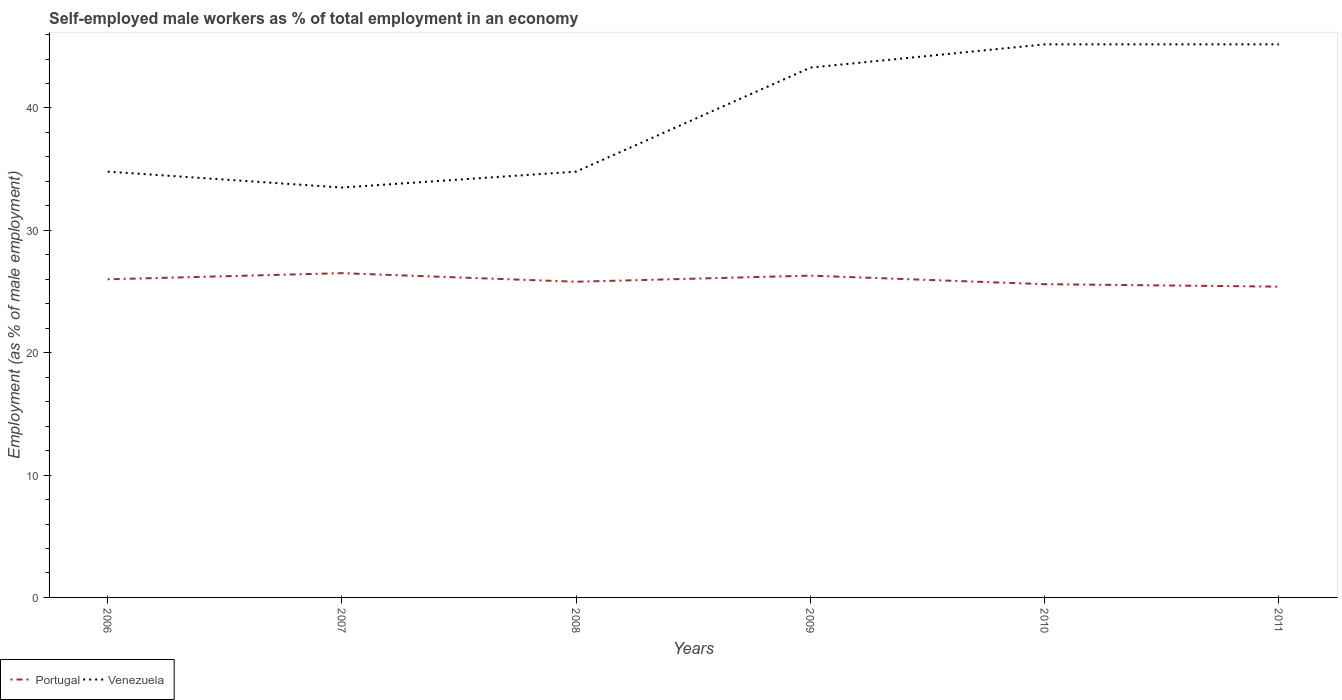
| Years | Portugal | Venezuela |
 | --- | --- | --- |
 | 2006 | 26 | 34.8 |
 | 2007 | 26.5 | 33.5 |
 | 2008 | 25.8 | 34.8 |
 | 2009 | 26.3 | 43.3 |
 | 2010 | 25.6 | 45.2 |
 | 2011 | 25.4 | 45.2 |